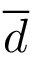
\overline { { d } }